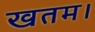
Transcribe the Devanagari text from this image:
खतम।